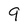
Character: 9